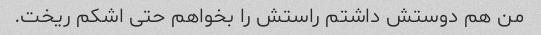
من هم دوستش داشتم راستش را بخواهم حتی اشکم ریخت.